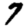
Digit: 7